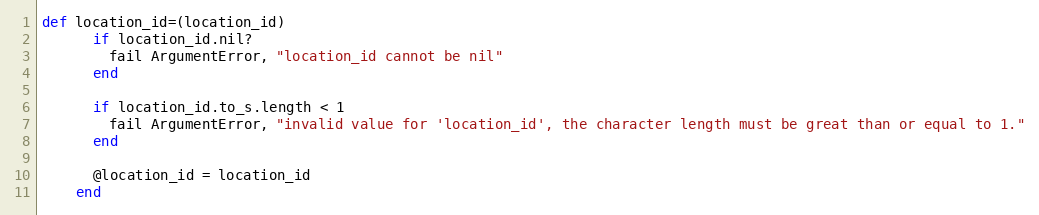
Language: Ruby
def location_id=(location_id)
      if location_id.nil?
        fail ArgumentError, "location_id cannot be nil"
      end

      if location_id.to_s.length < 1
        fail ArgumentError, "invalid value for 'location_id', the character length must be great than or equal to 1."
      end

      @location_id = location_id
    end